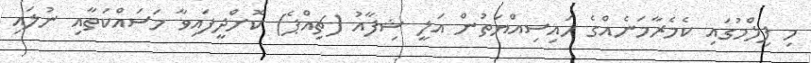
މި ފިލްމުގައި ކެމެރާމަނެއްގެ ހައިސިއްޔަތުން އަލީ ޝިފާއު (ޗިއްޕެ) ކޮށްދީފައިވާ މަސައްކަތާއި ނުލައި